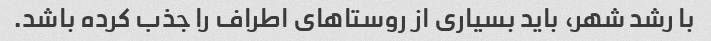
با رشد شهر، باید بسیاری از روستاهای اطراف را جذب کرده باشد.